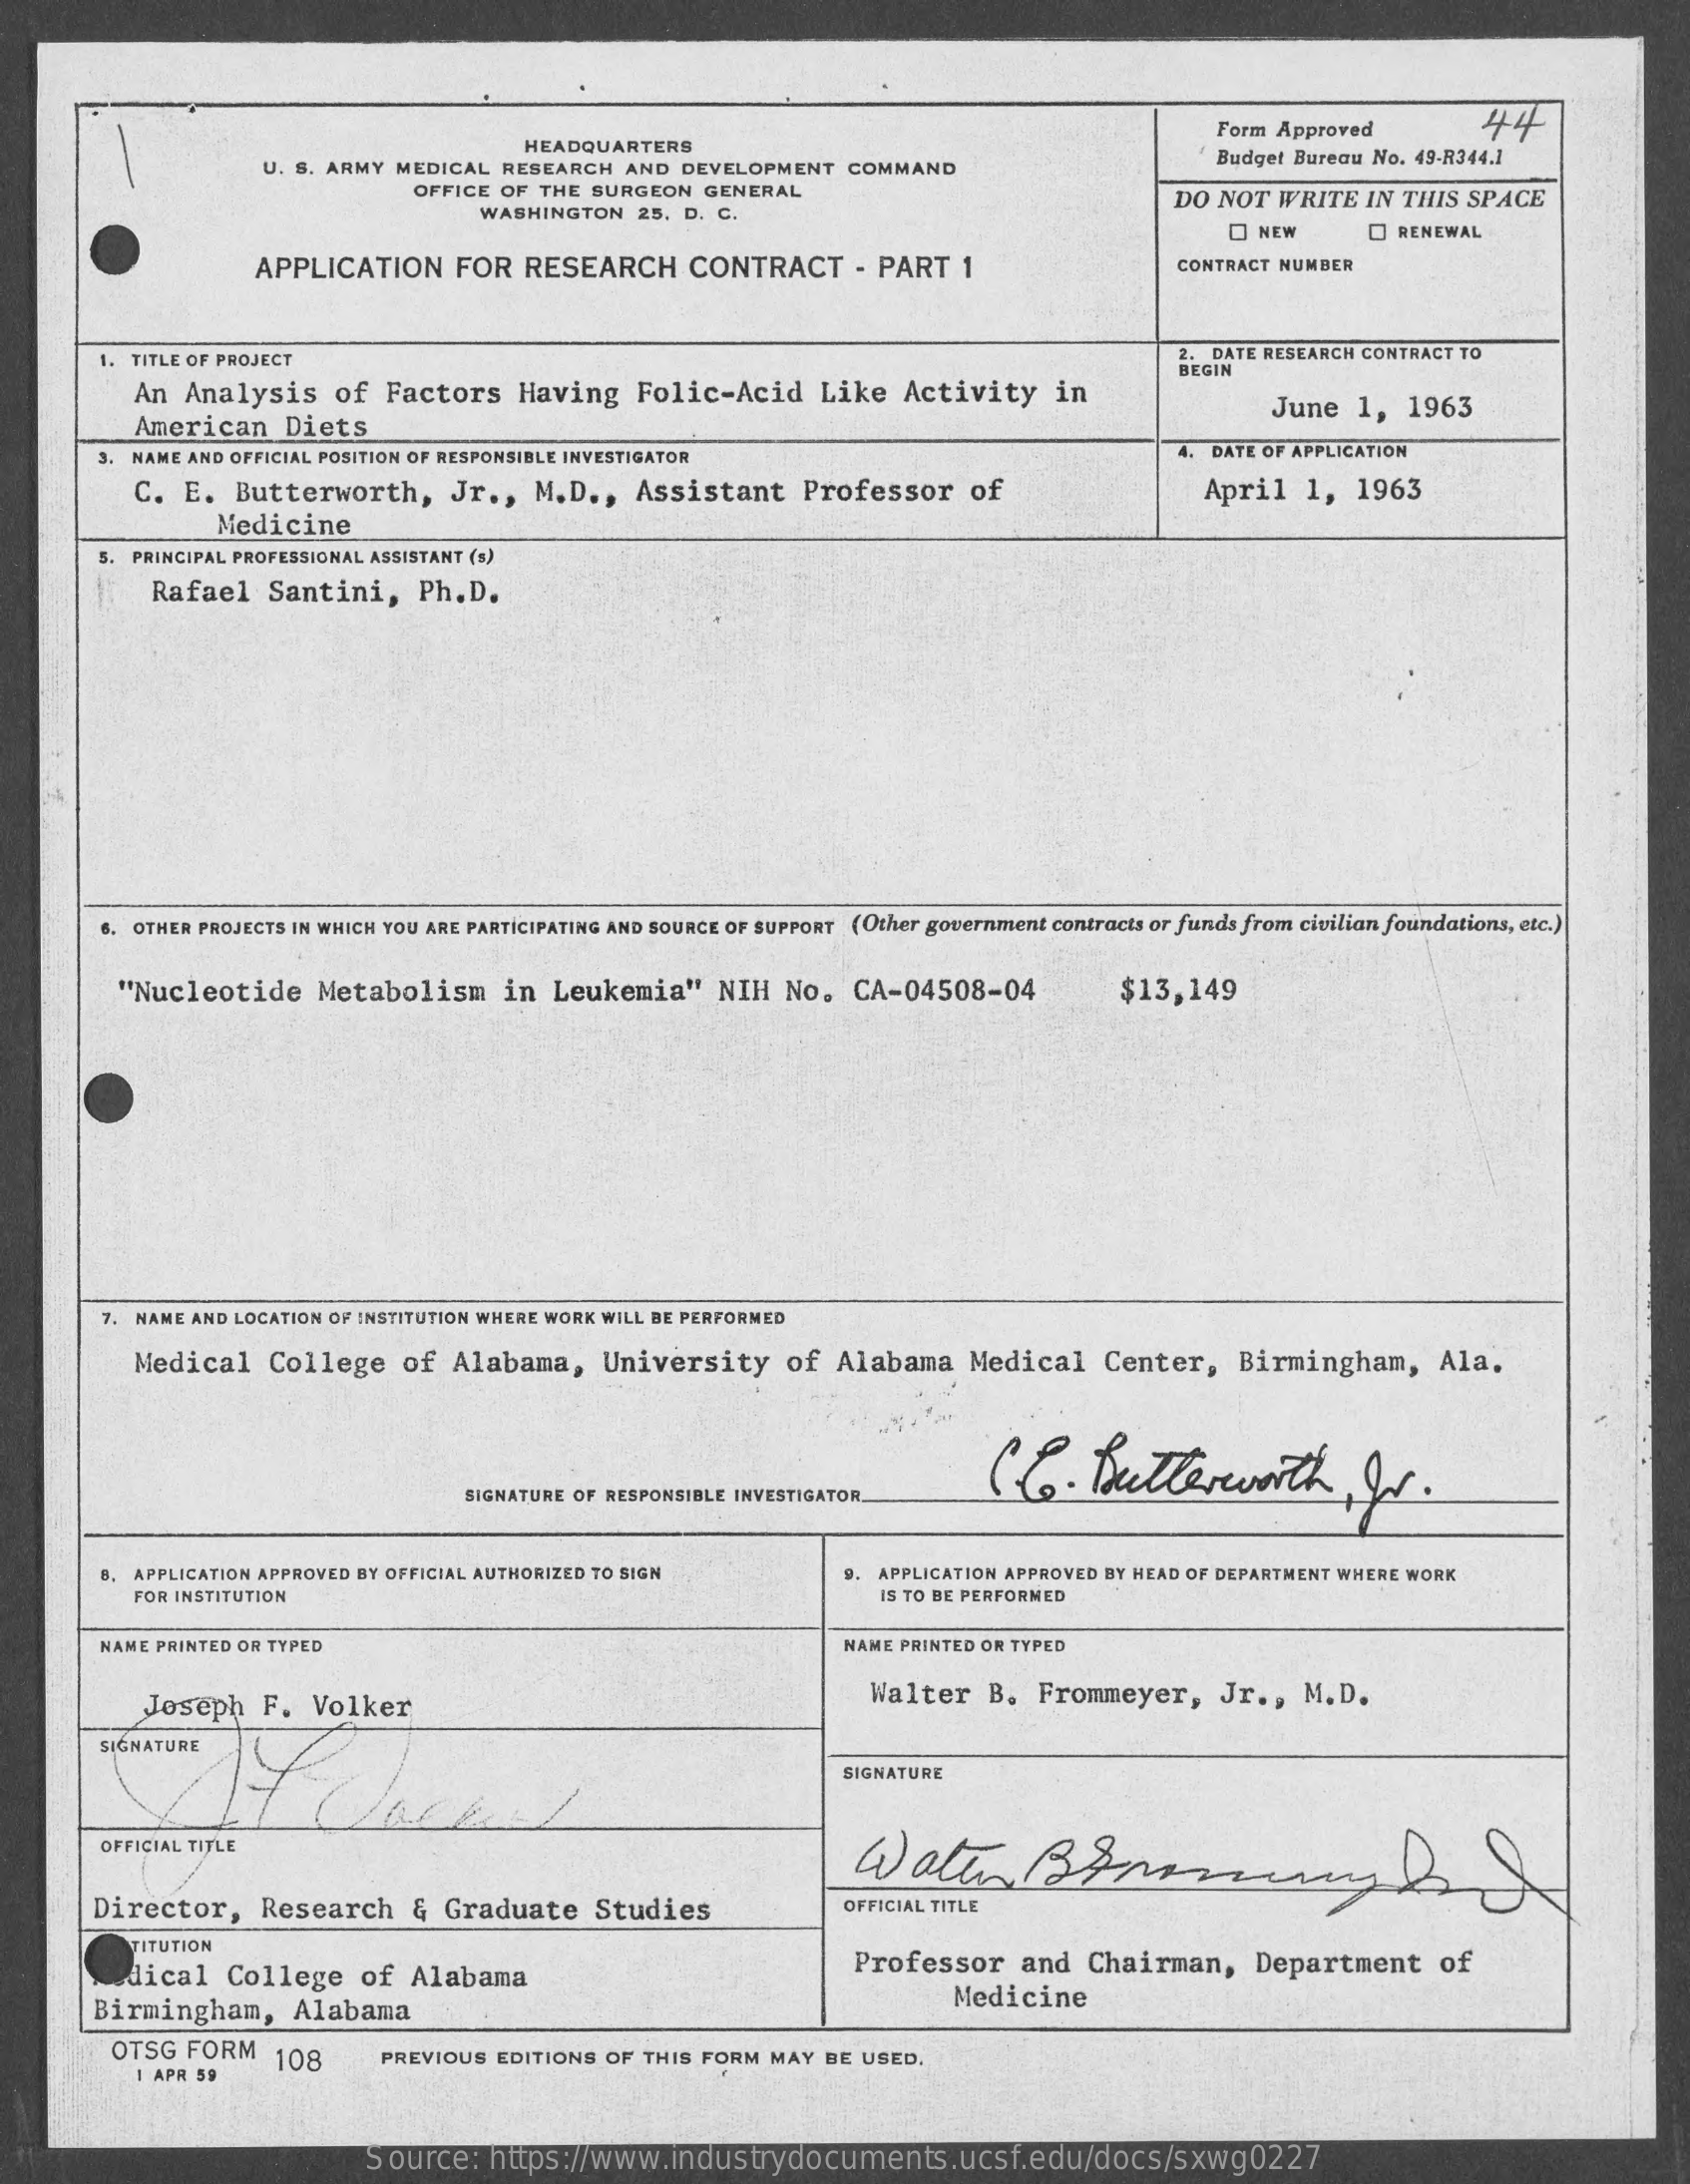
Form Approved    44
     HEADQUARTERS
     U. S. ARMY MEDICAL RESEARCH  AND  DEVELOPMENT  COMMAND
     Budget Bureau No. 49-R344.1
     OFFICE OF THE SURGEON   GENERAL
     WASHINGTON  25, D. C.
     DO NOT  WRITE   IN THIS SPACE
     O NEW    RENEWAL
     APPLICATION    FOR   RESEARCH    CONTRACT    - PART   1    CONTRACT NUMBER
     1. TITLE OF PROJECT    2. DATE RESEARCH CONTRACT TO
     An  Analysis    of  Factors    Having    Folic-Acid    Like   Activity    in
     BEGIN
     American    Diets
     June   1,  1963
     3. NAME AND OFFICIAL POSITION OF RESPONSIBLE INVESTIGATOR    4. DATE OF APPLICATION
     C.  E.  Butterworth,    Jr .,  M.D .,  Assistant    Professor    of    April   1,  1963
     Medicine
     5. PRINCIPAL PROFESSIONAL ASSISTANT (s)
     Rafael   Santini,    Ph.D.
     6. OTHER PROJECTS IN WHICH YOU ARE PARTICIPATING AND SOURCE OF SUPPORT (Other government contracts or funds from civilian foundations, etc.)
     "Nucleotide    Metabolism    in  Leukemia"    NIH  No.   CA-04508-04    $13,149
     7. NAME AND LOCATION OF INSTITUTION WHERE WORK WILL BE PERFORMED
     Medical    College    of  Alabama,    University    of  Alabama    Medical    Center,    Birmingham,    Ala.
     C.C.    Butterworth    , gr.
     SIGNATURE OF RESPONSIBLE INVESTIGATOR.
     B. APPLICATION APPROVED BY OFFICIAL AUTHORIZED TO SIGN    APPLICATION APPROVED BY HEAD OF DEPARTMENT WHERE WORK
     FOR INSTITUTION    IS TO BE PERFORMED
     NAME PRINTED OR TYPED    NAME PRINTED OR TYPED
     Joseph   F.  Volker    Walter    B.  Frommeyer,    Jr ., M.D.
     SIGNATURE
     OFFICIAL TITLE
     Director,    Research    & Graduate    Studies    OFFICIAL TITLE
     TITUTION
     dical   College    of  Alabama    Professor    and   Chairman,    Department    of
     Birmingham,    Alabama
     Medicine
     OTSG  FORM   108
     1 APR 59
     PREVIOUS  EDITIONS OF THIS FORM MAY BE USED.
     Source:   https://www.industrydocuments.ucsf.edu/docs/sxwg0227